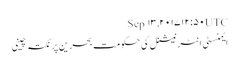
Sep ۱۳, ۲۰۱۷ ۱۲:۵۰ UTC
ایمنسٹی انٹرنیشنل کی حکومت بحرین پر نکتہ چینی